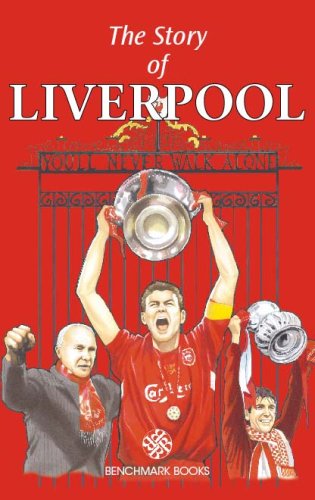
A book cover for The Story of Liverpool; Benchmark Books; Teen & Young Adult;